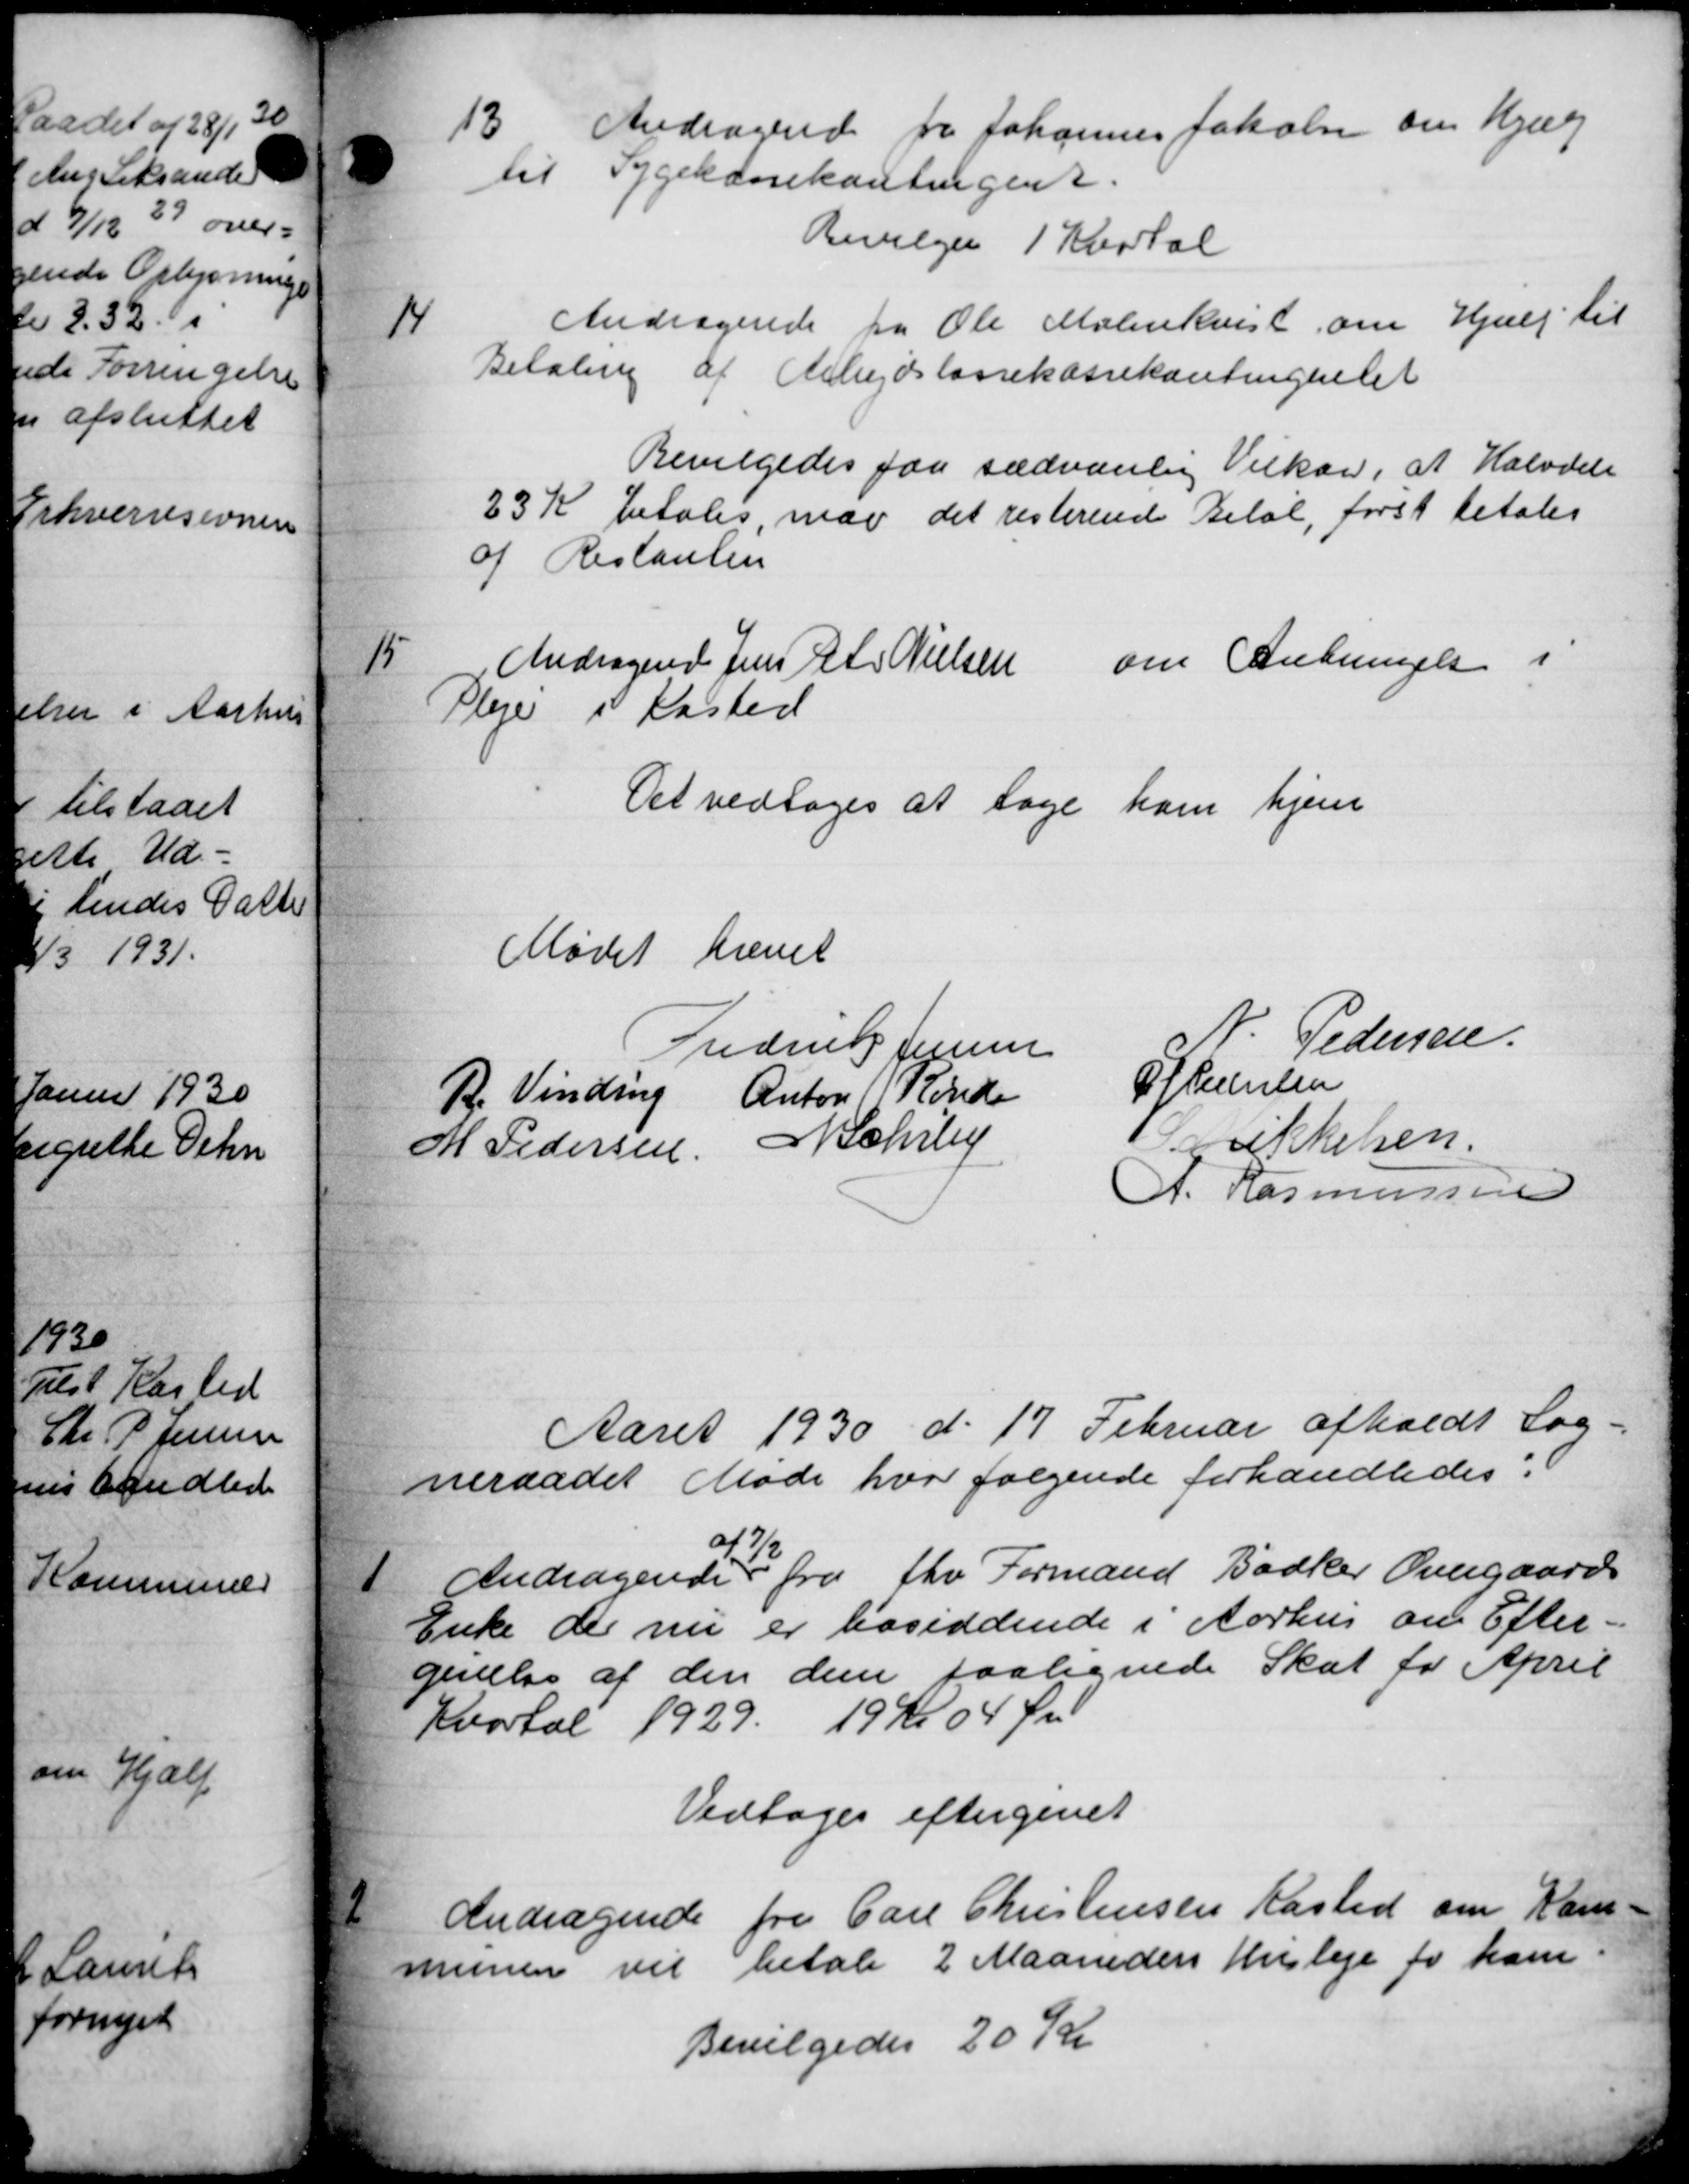
Transskription:
13
Andragende fra Johannes fakale om Hjælp
til Sygekassekontingent.
Bevilges 1 Kvartal
14
Andragende fra Ole Mølerekvist om Hjælp til
Betaling af Arbejdslønekassekontingentet
Bevilgedes faa sædvanlig Vilkar, at Halvdele
23 Kr betales, maa det resterende Beløb, først betales
af Restaulen

Andragend Jens Chr Nielsen om Anbringelse i
Pleje i Kasted
Det vedtoges at tage ham hjem
Mødet hævet
Frederik Jensen
Pedersen.
R. Vinding Anton Rønde
O. P. Jensen
M Pedersen, N. Schrby
ikkelsen.
A. Rasmussen
Aaret 1930 d. 17 Februar afholdt Sog-
neraadet Møde hvor følgende forhandledes:
1
Andragende
47/2
fra fhv Formand Bødker Overgaards
Enke der nu er bosiddende i Aarhus om Efter-
givelse af den dem paalignede Skat for April
Kvartal 1929. 19 Kr 04 Øre
Vedtoges eftergivet
2
Andragende fra Carl Christensen Kasted om Kom
munen vil betale 2 Maanedens Husleje for ham.
Bevilgedes 20 Kr